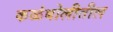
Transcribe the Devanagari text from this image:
कळंबोलीतील